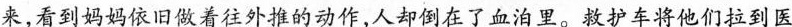
来，看到妈妈依旧做着往外推的动作，人却倒在了血泊里。救护车将他们拉到医